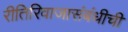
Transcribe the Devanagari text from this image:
रीतिरिवाजासंबंधीची